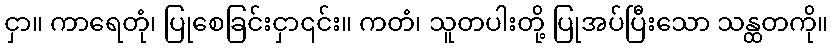
ငှာ။ ကာရေတုံ၊ ပြုစေခြင်းငှာ၎င်း။ ကတံ၊ သူတပါးတို့ ပြုအပ်ပြီးသော သန္ထတကို။